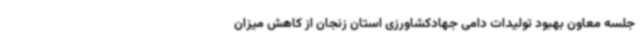
جلسه معاون بهبود تولیدات دامی جهادکشاورزی استان زنجان از کاهش میزان